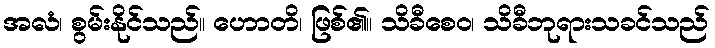
အလံ၊ စွမ်းနိုင်သည်။ ဟောတိ၊ ဖြစ်၏။ သိခီစေဝ၊ သိခီဘုရားသခင်သည်